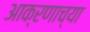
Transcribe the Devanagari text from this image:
आक्रणाच्या